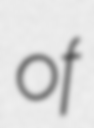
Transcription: of